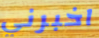
اخبرني